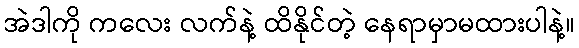
အဲဒါကို ကလေး လက်နဲ့ ထိနိုင်တဲ့ နေရာမှာမထားပါနဲ့။